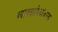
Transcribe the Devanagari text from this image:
व्यावसायिकांकरता